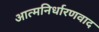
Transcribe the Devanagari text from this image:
आत्मनिर्धारणवाद